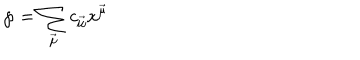
{ \wp } = \sum _ { \vec { \mu } } c _ { \vec { \mu } } x ^ { \vec { \mu } }